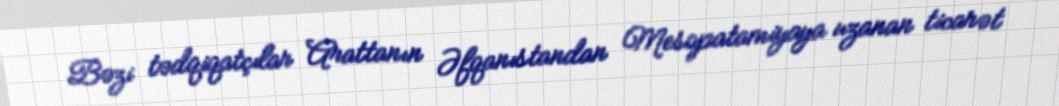
Bəzi tədqiqatçılar Arattanın Əfqanıstandan Mesopatamiyaya uzanan ticarət